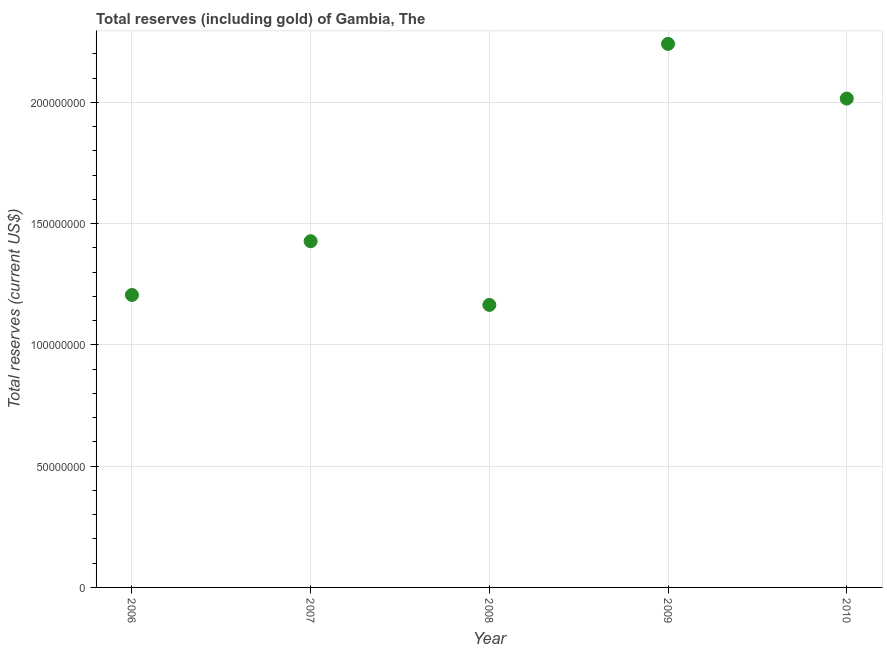
| Year | Total reserves (includes gold |
 | --- | --- |
 | 2006 | 1.21e+08 |
 | 2007 | 1.43e+08 |
 | 2008 | 1.17e+08 |
 | 2009 | 2.24e+08 |
 | 2010 | 2.02e+08 |